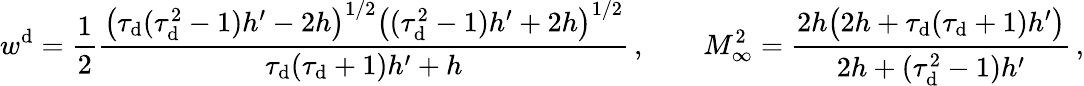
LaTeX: w^{\mathrm{d}}=\frac{1}{2}\frac{\big(\tau_{\mathrm{d}}(\tau_{\mathrm{d}}^{2}-1)h^{\prime}-2h\big)^{1/2}\big((\tau_{\mathrm{d}}^{2}-1)h^{\prime}+2h\big)^{1/2}}{\tau_{\mathrm{d}}(\tau_{\mathrm{d}}+1)h^{\prime}+h}\, ,\qquad M_{\infty}^{2}=\frac{2h\big(2h+\tau_{\mathrm{d}}(\tau_{\mathrm{d}}+1)h^{\prime}\big)}{2h+(\tau_{\mathrm{d}}^{2}-1)h^{\prime}}\, ,